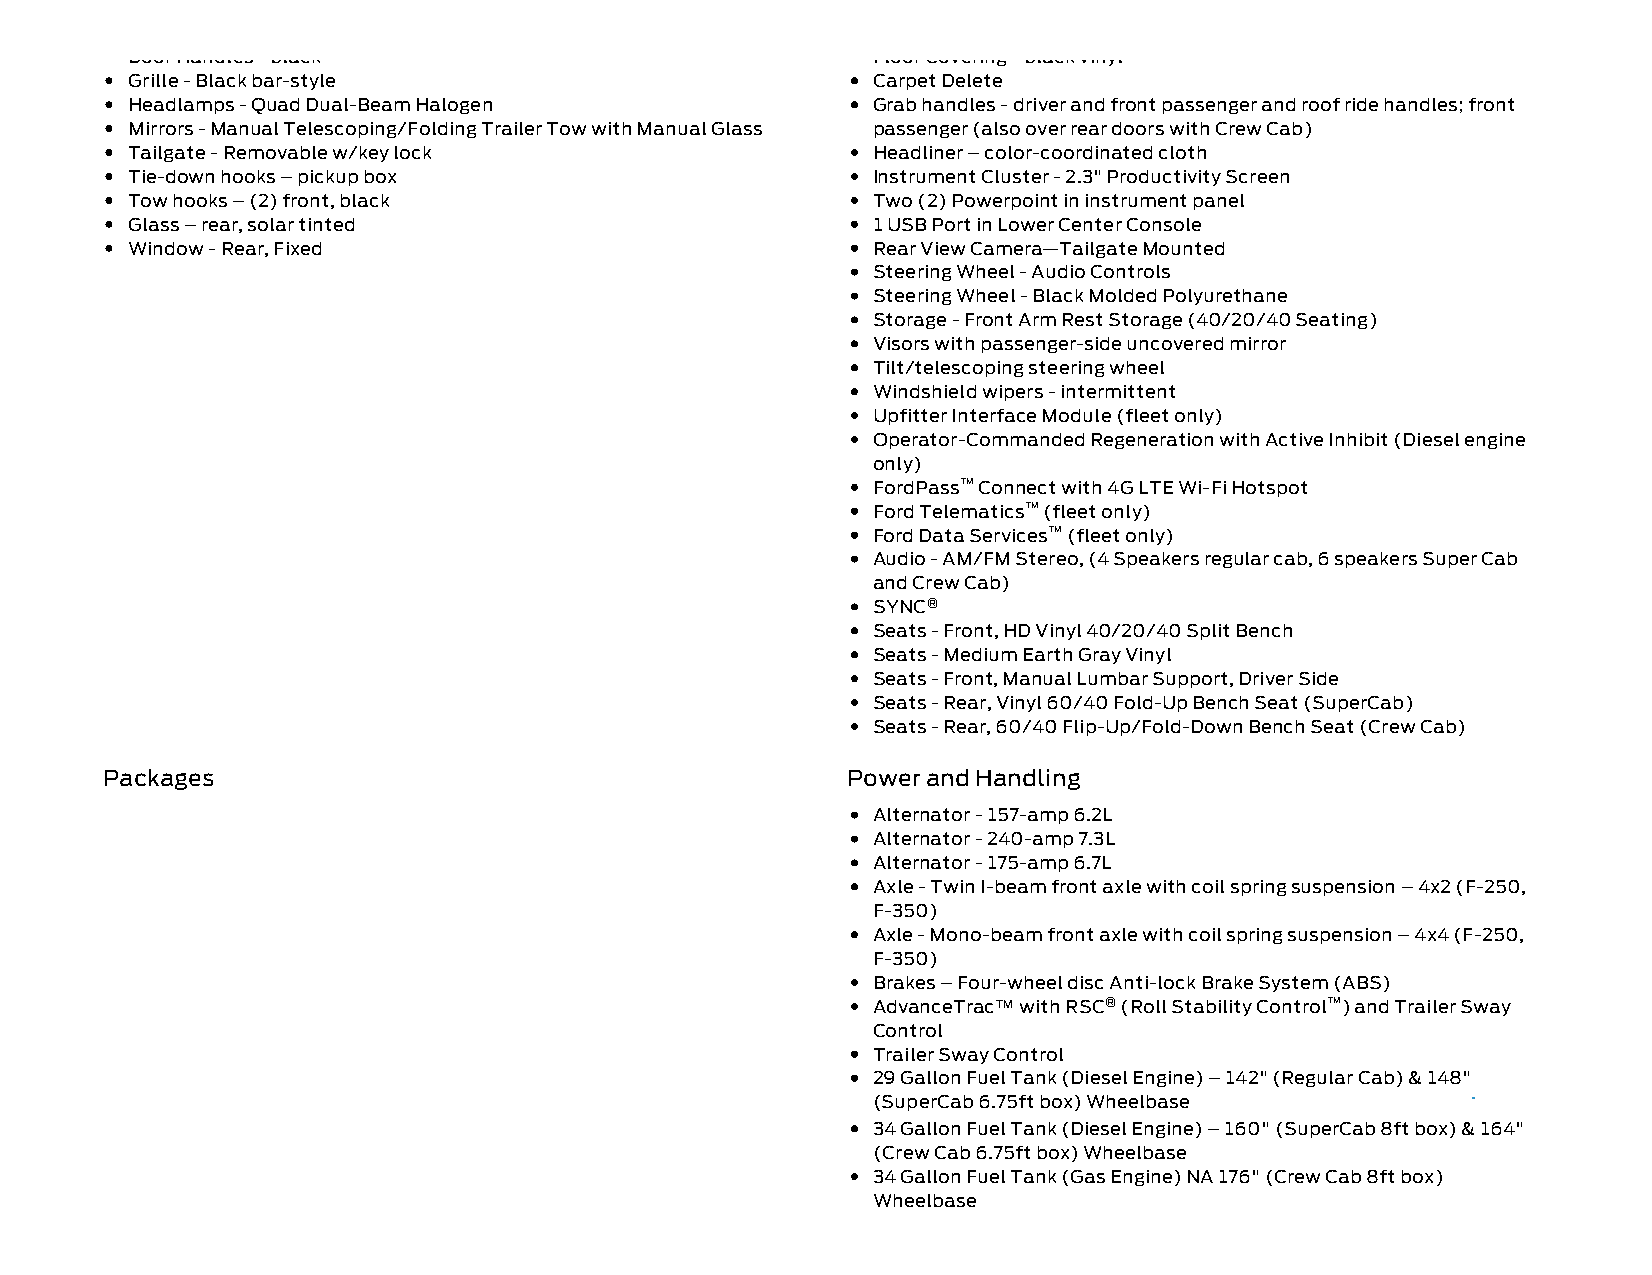
Door Handles black                                Floor Covering black vinyl
 Grille - Black bar-style                          Carpet Delete
 Headlamps - Quad Dual-Beam Halogen                Grab handles - driver and front passenger and roof ride handles; front
 Mirrors - Manual Telescoping/Folding Trailer Tow with Manual Glass passenger (also over rear doors with Crew Cab)
 Tailgate - Removable w/key lock                   Headliner – color-coordinated cloth
 Tie-down hooks – pickup box                       Instrument Cluster - 2.3" Productivity Screen
 Tow hooks – (2) front, black                      Two (2) Powerpoint in instrument panel
 Glass – rear, solar tinted                        1 USB Port in Lower Center Console
 Window - Rear, Fixed                              Rear View Camera—Tailgate Mounted
 Steering Wheel - Audio Controls
 Steering Wheel - Black Molded Polyurethane
 Storage - Front Arm Rest Storage (40/20/40 Seating)
 Visors with passenger-side uncovered mirror
 Tilt/telescoping steering wheel
 Windshield wipers - intermittent
 Upfitter Interface Module (fleet only)
 Operator-Commanded Regeneration with Active Inhibit (Diesel engine
 only)
 FordPass™ Connect with 4G LTE Wi-Fi Hotspot
 Ford Telematics™ (fleet only)
 Ford Data Services™ (fleet only)
 Audio - AM/FM Stereo, (4 Speakers regular cab, 6 speakers Super Cab
 and Crew Cab)
 SYNC®
 Seats - Front, HD Vinyl 40/20/40 Split Bench
 Seats - Medium Earth Gray Vinyl
 Seats - Front, Manual Lumbar Support, Driver Side
 Seats - Rear, Vinyl 60/40 Fold-Up Bench Seat (SuperCab)
 Seats - Rear, 60/40 Flip-Up/Fold-Down Bench Seat (Crew Cab)
 Packages                                         Power and Handling
 Alternator - 157-amp 6.2L
 Alternator - 240-amp 7.3L
 Alternator - 175-amp 6.7L
 Axle - Twin I-beam front axle with coil spring suspension – 4x2 (F-250,
 F-350)
 Axle - Mono-beam front axle with coil spring suspension – 4x4 (F-250,
 F-350)
 Brakes – Four-wheel disc Anti-lock Brake System (ABS)
 AdvanceTrac™ with RSC® (Roll Stability Control™) and Trailer Sway
 Control
 Trailer Sway Control
 29 Gallon Fuel Tank (Diesel Engine) – 142" (Regular Cab) & 148"
 (SuperCab 6.75ft box) Wheelbase
 34 Gallon Fuel Tank (Diesel Engine) – 160" (SuperCab 8ft box) & 164"
 (Crew Cab 6.75ft box) Wheelbase
 34 Gallon Fuel Tank (Gas Engine) NA 176" (Crew Cab 8ft box)
 Wheelbase